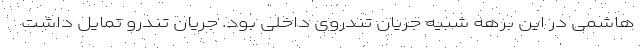
هاشمی در این برهه شبیه جریان تندروی داخلی بود. جریان تندرو تمایل داشت